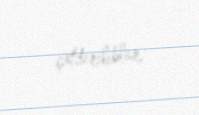
çatdırılıblar.